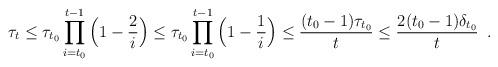
LaTeX: \begin{align*}\tau_{t}\leq \tau_{t_{0}}\prod_{i={t_{0}}}^{t-1}\Big(1-\frac{2}{i}\Big)\leq \tau_{t_{0}}\prod_{i={t_{0}}}^{t-1}\Big(1-\frac{1}{i}\Big)\le \frac{(t_{0}-1)\tau_{t_{0}}}{t}\le \frac{2(t_{0}-1)\delta_{t_{0}}}{t}\enspace.\end{align*}